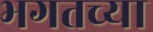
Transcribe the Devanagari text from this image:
भगतच्या